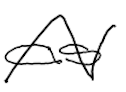
Text: as
Cross-out: zig-zag
Writing tool: digital_black